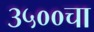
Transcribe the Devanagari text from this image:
३५००चा